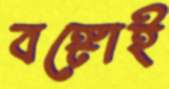
বঙ্গোই